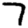
Digit: 7